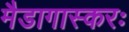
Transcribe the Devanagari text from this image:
मैडागास्करः